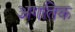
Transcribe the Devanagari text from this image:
अगतिक